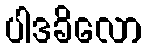
ပါဒခိလော